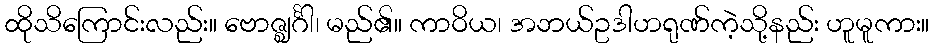
ထိုသိကြောင်းလည်း။ ဗောဇ္ဈင်္ဂါ၊ မည်၏။ ကာဝိယ၊ အဘယ်ဥဒါဟရုဏ်ကဲ့သို့နည်း ဟူမူကား။